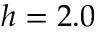
h = 2 . 0